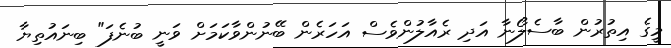
މީގެ އިތުރުން ބާސެލޯނާ އަދި ރެއާލުންވެސް އަހަރެން ބޭނުންވާކަމަށް ވަނީ ބުނެފަ" ބިނައުތިޔާ